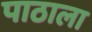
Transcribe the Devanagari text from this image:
पाठाला